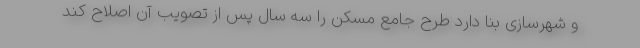
و شهرسازی بنا دارد طرح جامع مسکن را سه سال پس از تصویب آن اصلاح کند